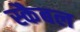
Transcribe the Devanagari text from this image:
स्कैबल